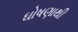
ઘોષણાથી